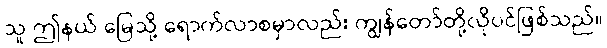
သူ ဤနယ် မြေသို့ ရောက်လာစမှာလည်း ကျွန်တော်တို့လိုပင်ဖြစ်သည်။